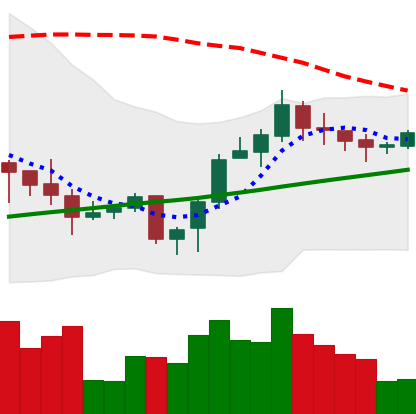
Ticker: LINK-USD
Chart end date: 2020-10-18
Forward return: 11.792%
Label: up_7plus